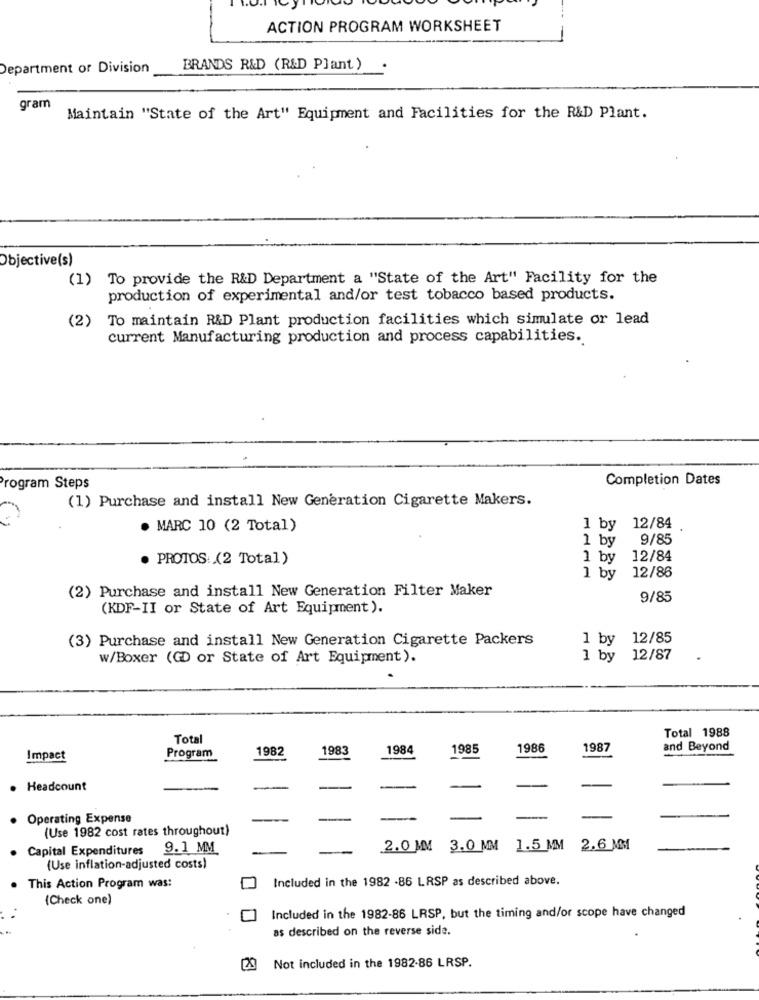
ACTION PROGRAM WORKSHEET
Department or Division
BRANDS R&D (R&D Plant)
gram
Maintain "State of the Art" Equipment and Facilities for the R&D Plant.
Objective(s)
(1) To provide the R&D Department a "State of the Art" Facility for the
production of experimental and/or test tobacco based products.
(2) To maintain R&D Plant production facilities which simulate or lead
current Manufacturing production and process capabilities.
Completion Dates
Program Steps
(1) Purchase and install New Generation Cigarette Makers.
. MARC 10 (2 Total)
1 by 12/84
1 by
9/85
. PROTOS: (2 Total)
1 by
12/84
12/86
1 by
(2) Purchase and install New Generation Filter Maker
9/85
(KDF-II or State of Art Equipment ).
(3) Purchase and install New Generation Cigarette Packers
1 by 12/85
w/Boxer (GD or State of Art Equipment).
1 by 12/87
Total 1988
Total
1982
1983
1984
1985
1986
1987
and Beyond
Impact
Program
. Headcount
· Operating Expense
(Use 1982 cost rates throughout)
Capital Expenditures
9.1 MM
2.0 MM 3.0 MM 1.5 MM 2.6 MM
(Use inflation-adjusted costs)
This Action Program was:
Included in the 1982 -86 LRSP as described above.
(Check one)
Included in the 1982-86 LRSP, but the timing and/or scope have changed
as described on the reverse side.
Not included in the 1982-86 LRSP.